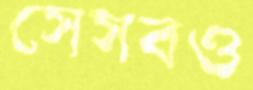
সেসবও